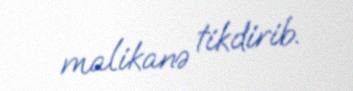
malikanə tikdirib.